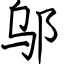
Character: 邬